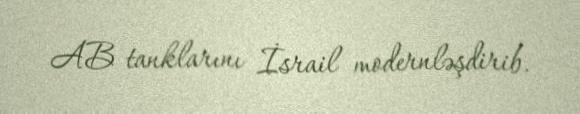
AB tanklarını İsrail modernləşdirib.